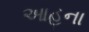
આહના